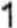
1